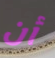
أن